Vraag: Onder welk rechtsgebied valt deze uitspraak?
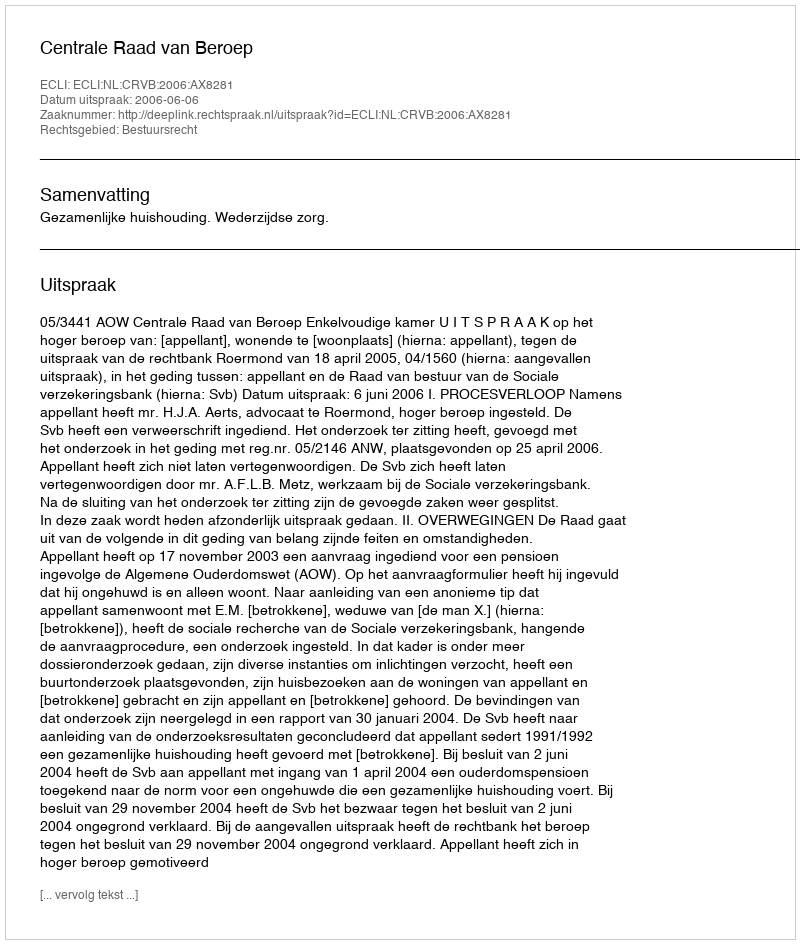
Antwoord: Bestuursrecht